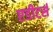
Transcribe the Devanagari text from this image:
एडीटर्स